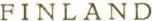
FINLAND